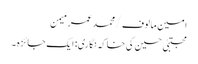
امین مالوف/ محمد عمر میمن
مجتبیٰ حسین کی خاکہ نگاری: ایک جائزہ ۔